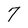
Character: 7